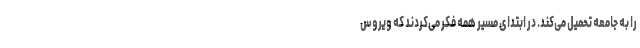
را به جامعه تحمیل می‌کند. در ابتدای مسیر همه فکر می‌کردند که ویروس